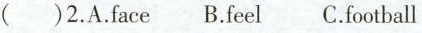
( )2. A. Face B. eel C. football